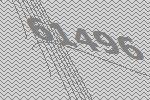
61496